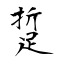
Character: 踅